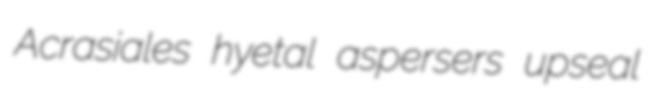
Acrasiales hyetal aspersers upseal